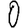
Digit: 0